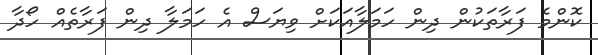
ކޮންމެ ފަރާތަކުން ދިން ހަމަލާއަކަށް ވިޔަސް އެ ހަމަލާ ދިން ފަރާތެއް ހޯދާ